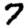
Digit: 7